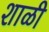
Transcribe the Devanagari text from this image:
शाळी